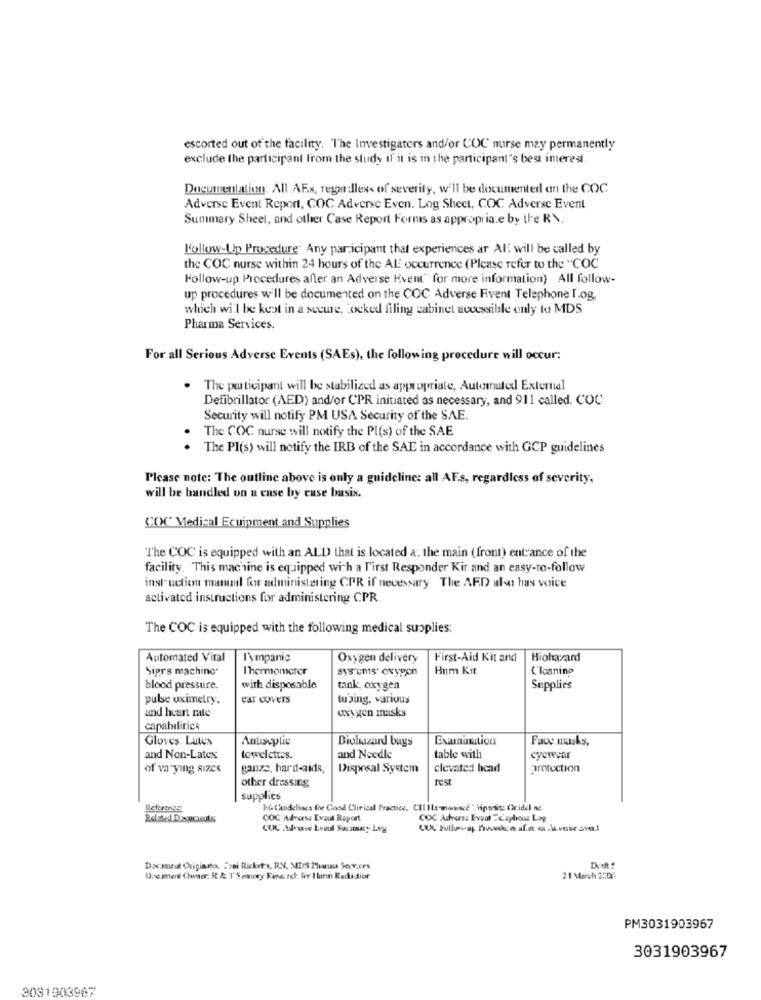
escorted out of the facility. The Investigators and/or COC nurse may permanently
exclude the participant from the study il' it is in the participant's best imeres.
Documentation: All AF.x, regardless of severity, will be documented an the COC
Adverse Event Report, COC Adverse Even. Log Sheet, COC Adverse Event
Summary Sheel, and other Case Report Forms as appropriate by the R\.
Follow-Up Procedure. Any participant that experiences ar Al will be called by
the COC nurse within 24 hours of the AL occurrence (Please refer to the "COC
Follow-up Procedures after an Adverse Kvent" for more information) All follow-
up procedures will be documented on the COC Adverse Fivent Telephone I.og,
which will be kept in a secure, Locked filing cabinet accessible only to MDS
Pharma Services.
For all Serious Adverse Events (SAEs), the following procedure will occur:
. The participant will be stabilized as appropriate, Automated External
Defibrillator (AED) and/or CPR initiated as necessary, and 911 called. COC
Security will notify PM USA Security of the SAE.
The COC nurse will notify the Pl(s) of the SAE
The PI(s) will notify the IRB of the SAE in accordance with GCP guidelines
Please note: The outline above is only a guideline: all AF.s, regardless of severity,
will be handled on a euse by euse basix.
COC Medical Equipment and Supplies
"The COC is equipped with an ALD that is located a: the main (front) entrance of the
facility. This machine is equipped with a First Responder Kir and an easy-to-follow
instruction manual for administering CPR if necessary The ARD also has voice
activated instructions for administering CPR
The COC is equipped with the following medical supplies:
Automated Vital
Tympanic
Oxygen delivery
First-Aid Kit and
Biohazard
Siprs machine*
Thermometer
systems. oxygen
Hnm Kit
C'Icaning
blood pressure.
with disposable
tank, oxygen
Supplies
pulse oximetry.
ear covers
lujing. various
and heart rate
oxygen masks
capabilities
Gloves. Lates
Antiseplie
Biohazard buys
Face masks,
and Non-Latex
towelettes.
and Needle
table with
cycwear
of varying sizes
ganze, hard-aids,
Disposal System
elevated head
protection
other dressing
rest
supplies
Referennas
16 Guidelines for Clood Clinical Practice, Cll Ils monince", riptests Cridel ne
COC Adverse Evaut Report
COC Advers: Event "Caphous Log
Daxmeul Originato. ">ai Ricket:s. RN, MDS Thatusa Sar.ces
De mes (Twiter: R & TSemery Reserch for I lann Redadior
21 March 2:02-
PM3031903967
3031903967
2081903967